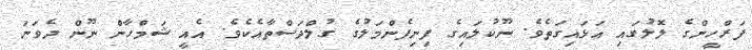
ފަރްހީންގެ ލޮލުގައި އަޅައިގަތެވެ. ނޫކުލައިގެ ފިނިފެންމަލުގެ ގުލްދަސްތާއެކެވެ. އެއީ ޝަމްހާން ނޫން ދެވަނަ